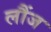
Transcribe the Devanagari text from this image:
लौंज